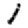
Digit: 1